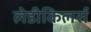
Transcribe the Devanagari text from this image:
लेडीकिलर्स